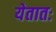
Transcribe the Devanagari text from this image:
येतातः